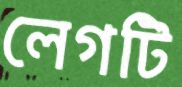
লেগটি